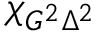
\chi _ { G ^ { 2 } \Delta ^ { 2 } }